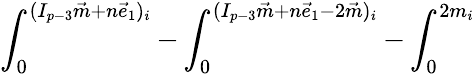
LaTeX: {\int_{0}^{(I_{p-3}\vec{m}+n\vec{e}_{1})_{i}}-\int_{0}^{(I_{p-3}\vec{m}+n\vec{e}_{1}-2\vec{m})_{i}}-\int_{0}^{2m_{i}}}